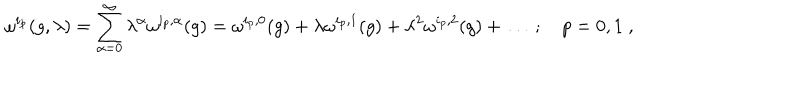
\omega ^ { i _ { p } } ( g , \lambda ) = \sum _ { \alpha = 0 } ^ { \infty } \lambda ^ { \alpha } \omega ^ { i _ { p } , \alpha } ( g ) = \omega ^ { i _ { p } , 0 } ( g ) + \lambda \omega ^ { i _ { p } , 1 } ( g ) + \lambda ^ { 2 } \omega ^ { i _ { p } , 2 } ( g ) + \ldots \; ; \quad p = 0 , 1 \; ,